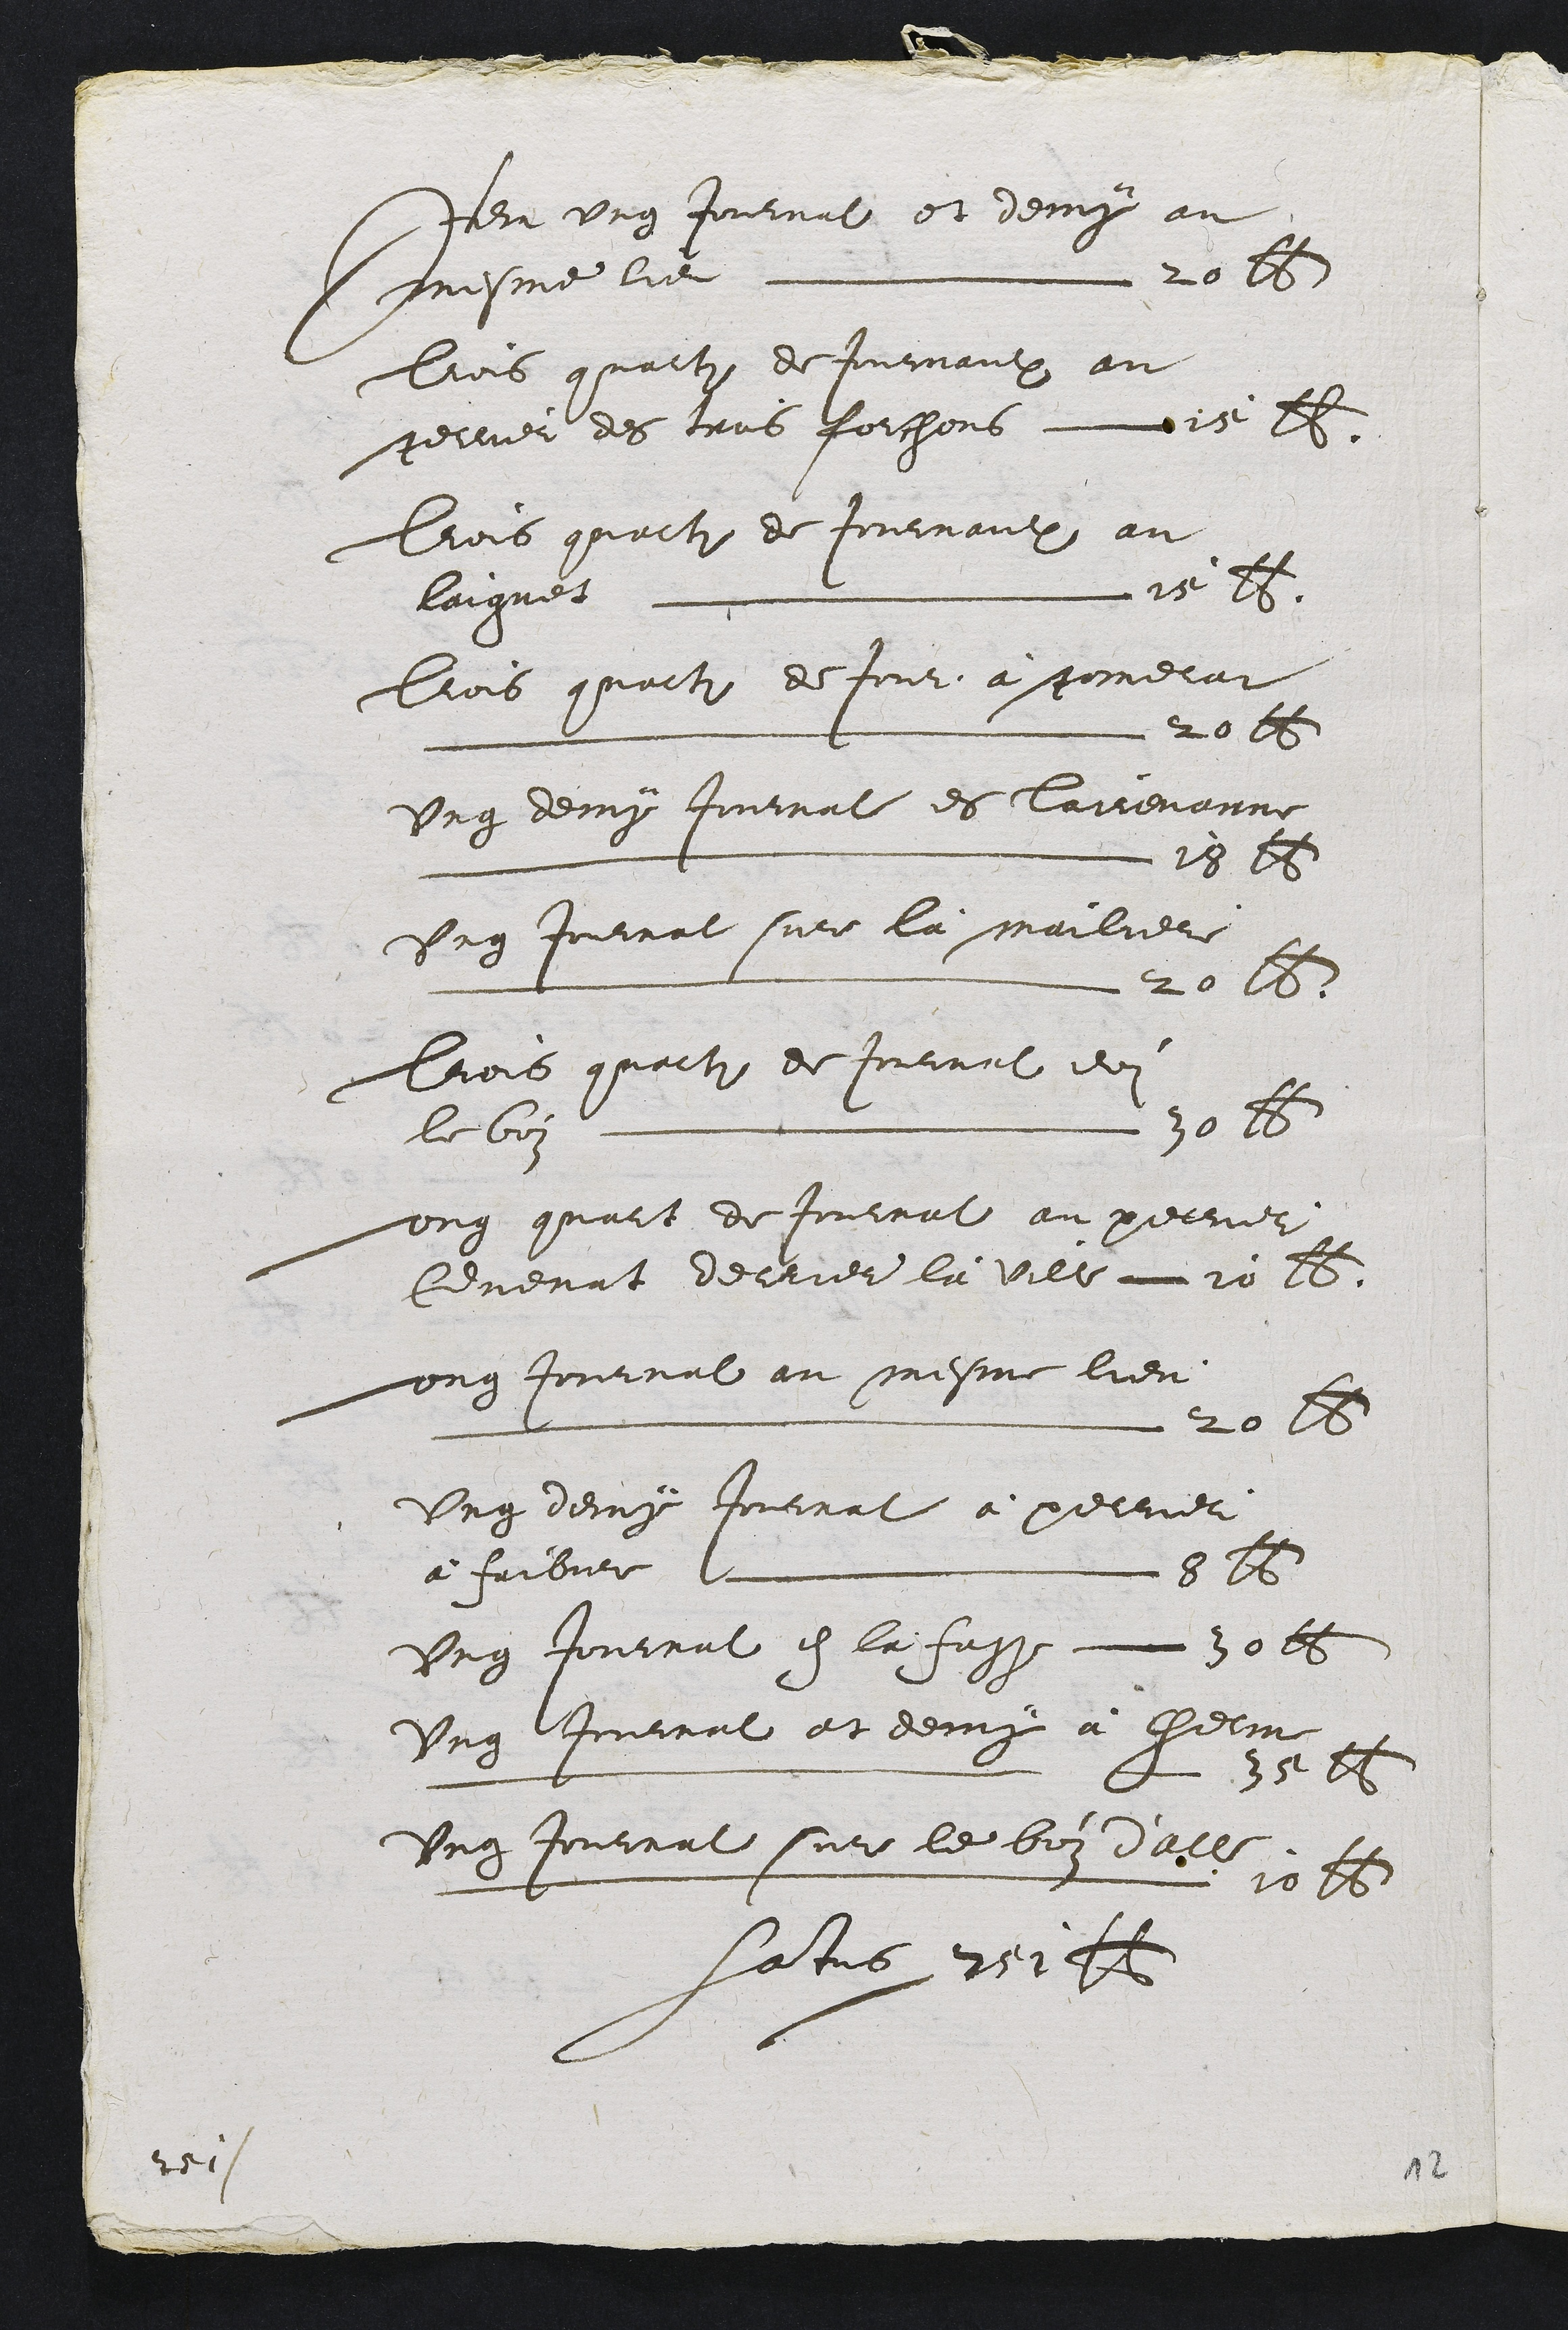
Ier ung Joutrat et denix au
mesme lie  20 tq
Lois qualli de toumanlx au
gellier des cans Raichons 2s E
Tois quaili de Jounaut au
laignes L e 264
ois quarti de tout a stinelat
 L L  20 l
Ung demx tinmral es Carevarne
nrere suislslsls eslslslsl![ ses !]
Ung Jontrat sue la maulcel
L 20 l6
Trois quarti de Joiant dn
lobiz   10 1
ung quals de tontrat au petnet
levenut decier la vill  20 15
Lund tontnal au snestre lieu
L 20 16
Ung deny tontrat a pellier
a haibire Coineee 22
Ung douiaut eh la hagt mie voli
Ung Jouirat et denux a hetir
8a
Ungg toutaat sut le bei dalle
dunnnnsee  10 s
fatis det4t

Jeis

10